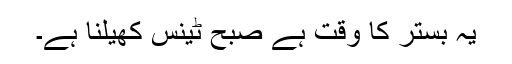
یہ بستر کا وقت ہے صبح ٹینس کھیلنا ہے۔